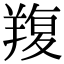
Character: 𦎭